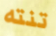
تنته